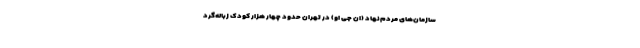
سازمان‌های مردم‌نهاد (ان جی او) در تهران حدود چهار هزار کودک زباله‌گرد